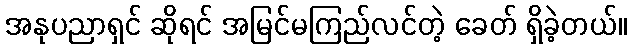
အနုပညာရှင် ဆိုရင် အမြင်မကြည်လင်တဲ့ ခေတ် ရှိခဲ့တယ်။